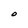
Character: O